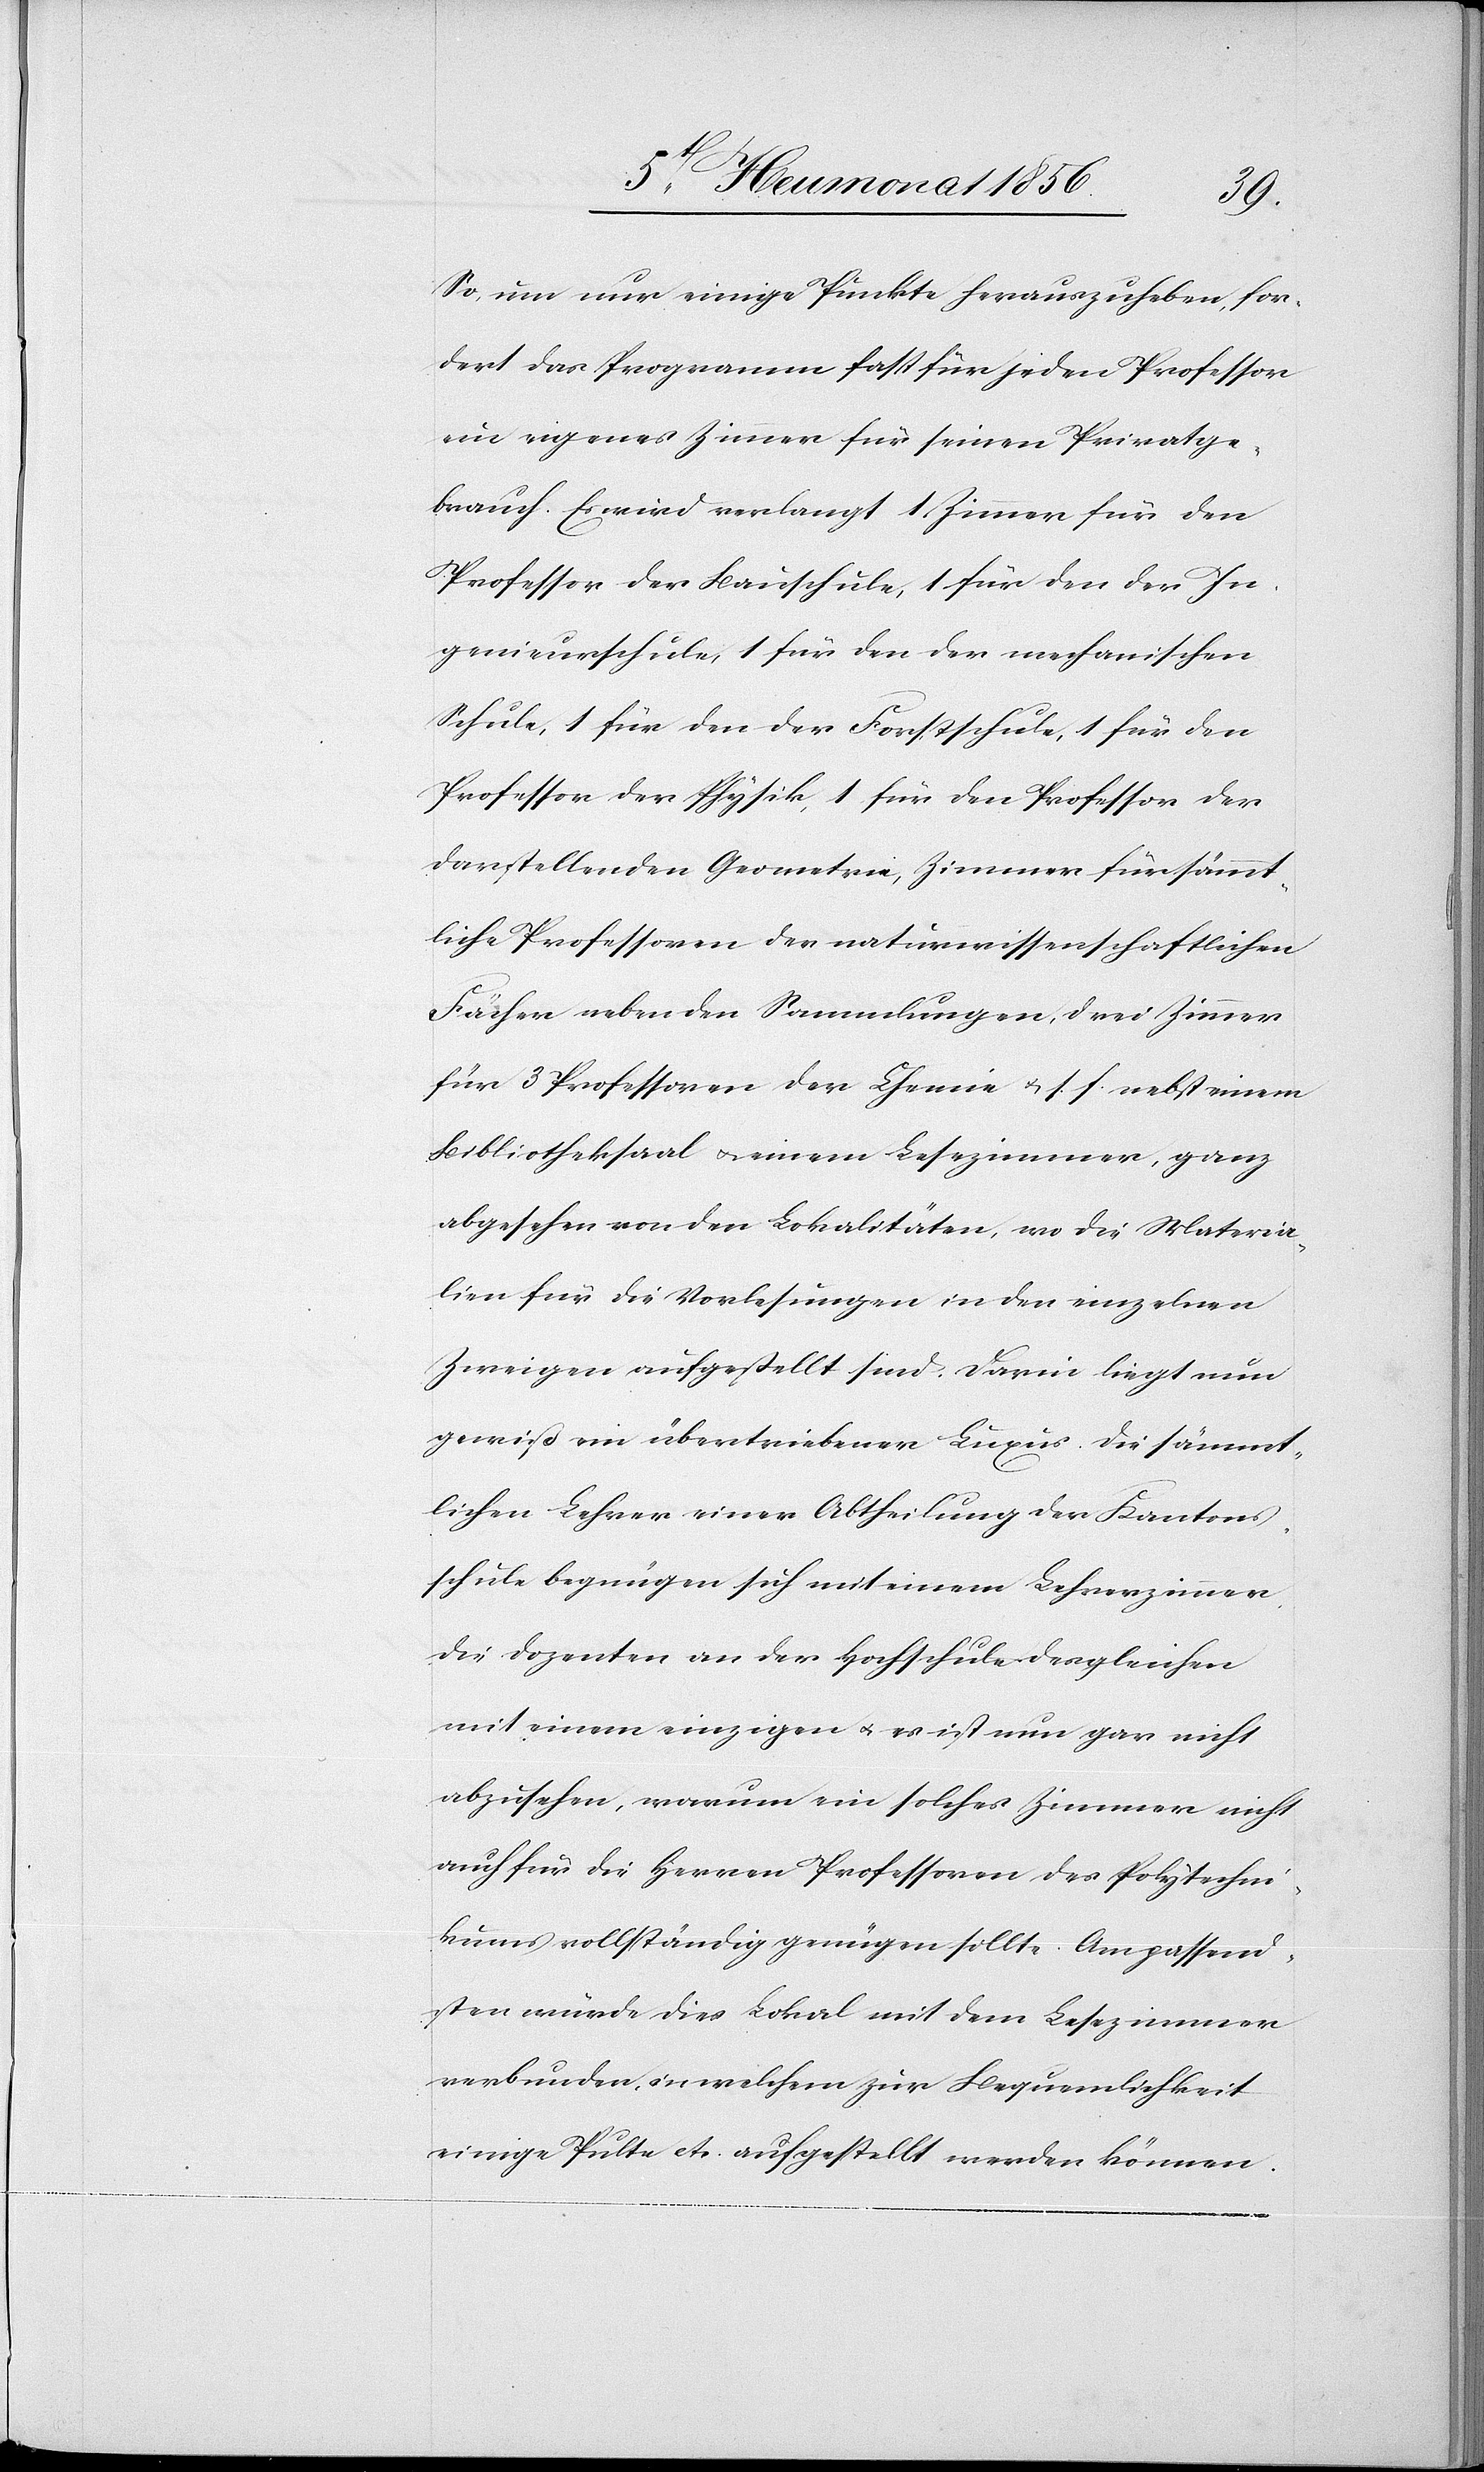
So, um nur einige Punkte herauszuheben, for¬
dert das Programm fast für jeden Professor
ein eigenes Zimmer für seinen Privatge¬
brauch. Es wird verlangt 1 Zimmer für den
Professor der Bauschule, 1 für den der In¬
genieurschule, 1 für den der mechanischen
Schule, 1 für den der Forstschule, 1 für den
Professor der Physik, 1 für den Professor der
darstellenden Geometrie, Zimmer für sämmt¬
liche Professoren der naturwissenschaftlichen
Fächer neben den Sammlungen, drei Zimmer
für 3 Professoren der Chemie u. s. f. nebst einem
Bibliotheksaal u. einem Lesezimmer, ganz
abgesehen von den Lokalitäten, wo die Materia¬
lien für die Vorlesungen in den einzelnen
Zweigen aufgestellt sind. Darin liegt nun
gewiß ein übertriebener Luxus. Die sämmt¬
lichen Lehrer einer Abtheilung der Kantons¬
schule begnügen sich mit einem Lehrerzimmer,
die Dozenten an der Hochschule desgleichen
mit einem einzigen u. es ist nun gar nicht
abzusehen, warum ein solches Zimmer nicht
auch für die Herren Professoren des Polytechni¬
kums vollständig genügen sollte. Am passend¬
sten würde dies Lokal mit dem Lesezimmer
verbunden, in welchem zur Bequemlichkeit
einige Pulte etc. aufgestellt werden können.